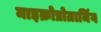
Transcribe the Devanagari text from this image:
माइक्रोप्रोग्रामिंग